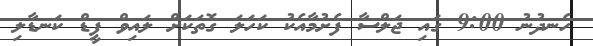
ހެނދުނު 9:00 ގައި ޖަލްސާ ފެށުމާއެކު ކަހަލަ ގޮތަކަށް ލައިވް ފީޑް ކަނޑާލި